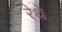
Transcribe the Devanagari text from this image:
रेथे